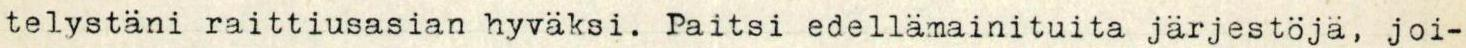
telystäni raittiusasian hyväksi. Paitsi edellämainituita jarjestöjä, joi-